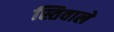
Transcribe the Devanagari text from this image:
स्तिवाले